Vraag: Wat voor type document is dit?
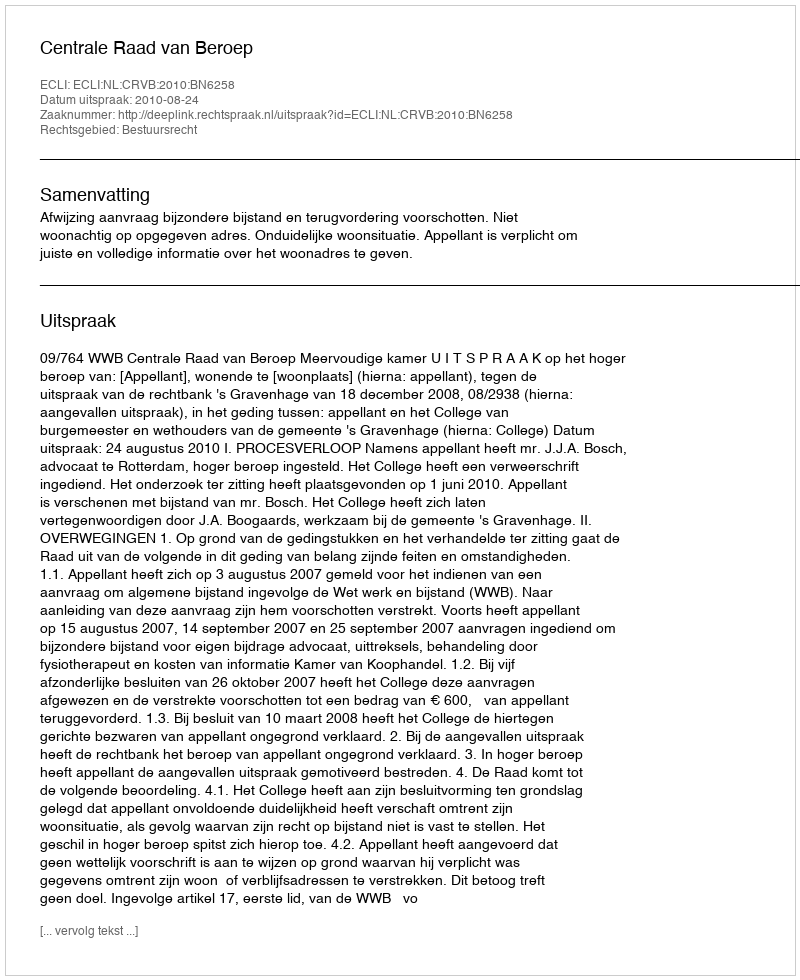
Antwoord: Uitspraak